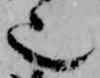
也